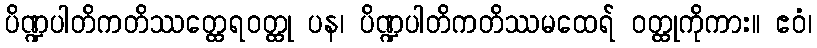
ပိဏ္ဍပါတိကတိဿတ္ထေရဝတ္ထု ပန၊ ပိဏ္ဍပါတိကတိဿမထေရ် ဝတ္ထုကိုကား။ ဧဝံ၊